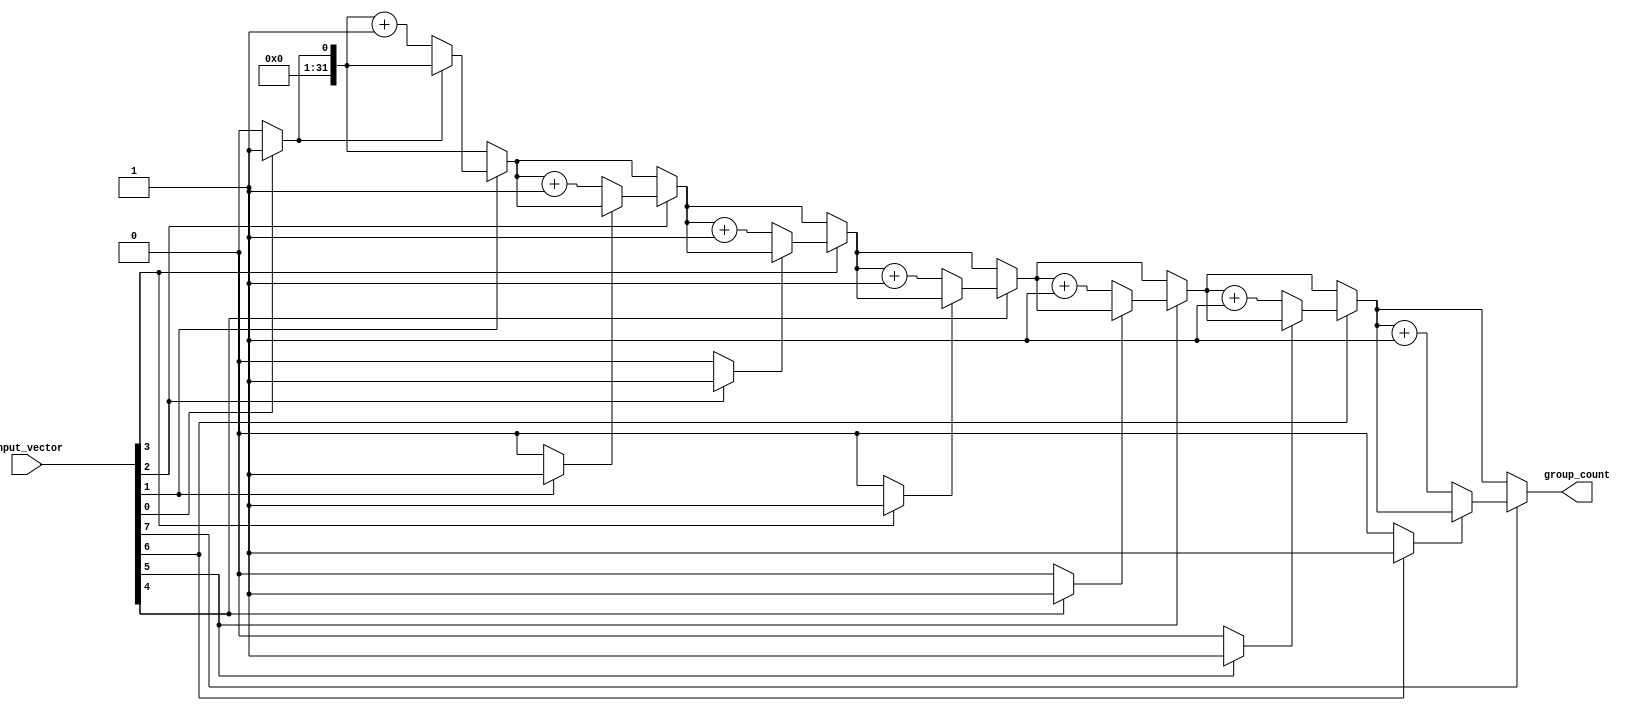
module group_counter #(
    parameter N = 8  // Width of the input vector
)(
    input  wire [N-1:0] input_vector, // Binary input vector
    output reg  [31:0] group_count     // Output: number of groups of '1's
);

    integer i;
    reg in_group; // Flag to indicate if we are currently in a group of '1's

    always @(*) begin
        group_count = 0; // Initialize group count
        in_group = 0;    // Initialize in_group flag

        // Traverse the input vector
        for (i = 0; i < N; i = i + 1) begin
            if (input_vector[i] == 1'b1) begin
                if (!in_group) begin
                    group_count = group_count + 1; // Found a new group
                    in_group = 1; // Set in_group to true
                end
            end else begin
                in_group = 0; // End of a group
            end
        end
    end

endmodule